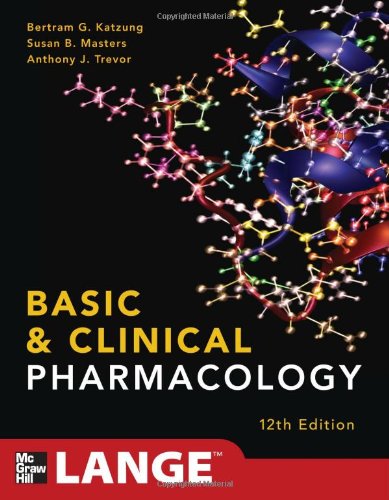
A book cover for Basic and Clinical Pharmacology 12/E (LANGE Basic Science); Bertram G. Katzung; Medical Books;